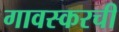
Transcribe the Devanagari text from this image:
गावस्करची